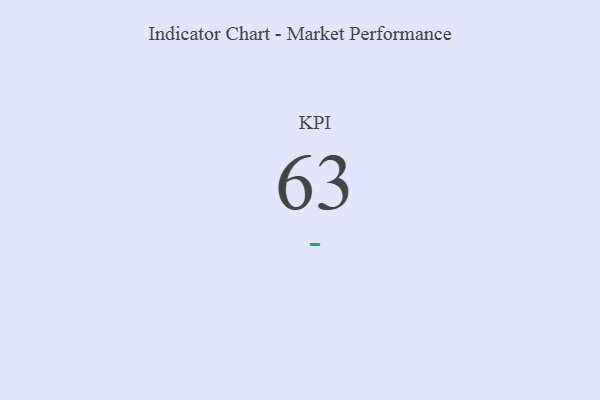
{"axis": {"x": "KPI", "y": "Value"}, "legend": [""], "data": [{"x": "KPI", "y": 63, "type": ""}]}